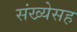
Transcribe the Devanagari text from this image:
संख्येसह